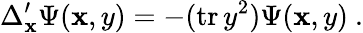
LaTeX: \Delta_{\mathbf{x}}^{\prime}\Psi(\mathbf{x},y)=-(\mathrm{{tr}}\, y^{2})\Psi(\mathbf{x},y)\ .